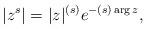
LaTeX: \begin{align*}|z^s| = |z|^{(s)} e^{-(s)\arg{z}},\end{align*}